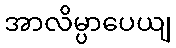
အာလိမ္ပာပေယျ